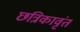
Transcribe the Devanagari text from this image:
छत्रिकावृंत